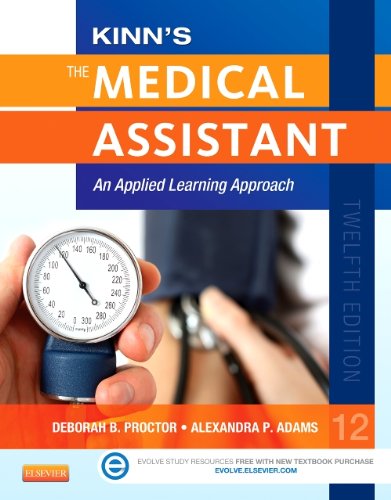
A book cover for Kinn's The Medical Assistant: An Applied Learning Approach, 12e (Medical Assistant (Kinn's)); Deborah B. Proctor EdD  RN  CMA; Medical Books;